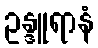
ဥန္ဒူရာနံ